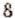
8